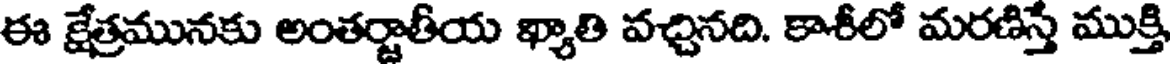
ఈ క్షేత్రమునకు అంతర్జాతీయ ఖ్యాతి వచ్చినది. కాశీలో మరణిస్తే ముక్తి